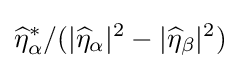
{\widehat {\eta }}_{\alpha }^{*}/(|{\widehat {\eta }}_{\alpha }|^{2}-|{\widehat {\eta }}_{\beta }|^{2})